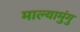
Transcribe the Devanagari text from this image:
माल्यामुंगु